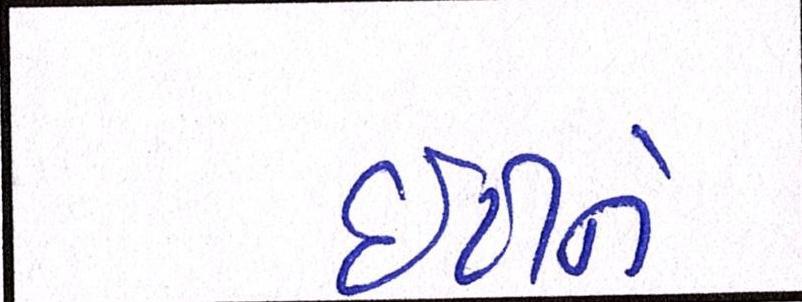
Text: ઇટીને